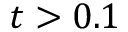
t > 0 . 1